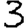
Digit: 3